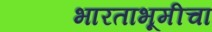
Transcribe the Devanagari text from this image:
भारताभूमीचा